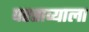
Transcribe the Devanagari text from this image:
परताव्याला